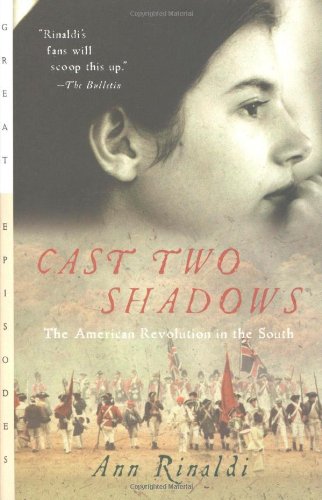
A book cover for Cast Two Shadows: The American Revolution in the South (Great Episodes); Ann Rinaldi; Teen & Young Adult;